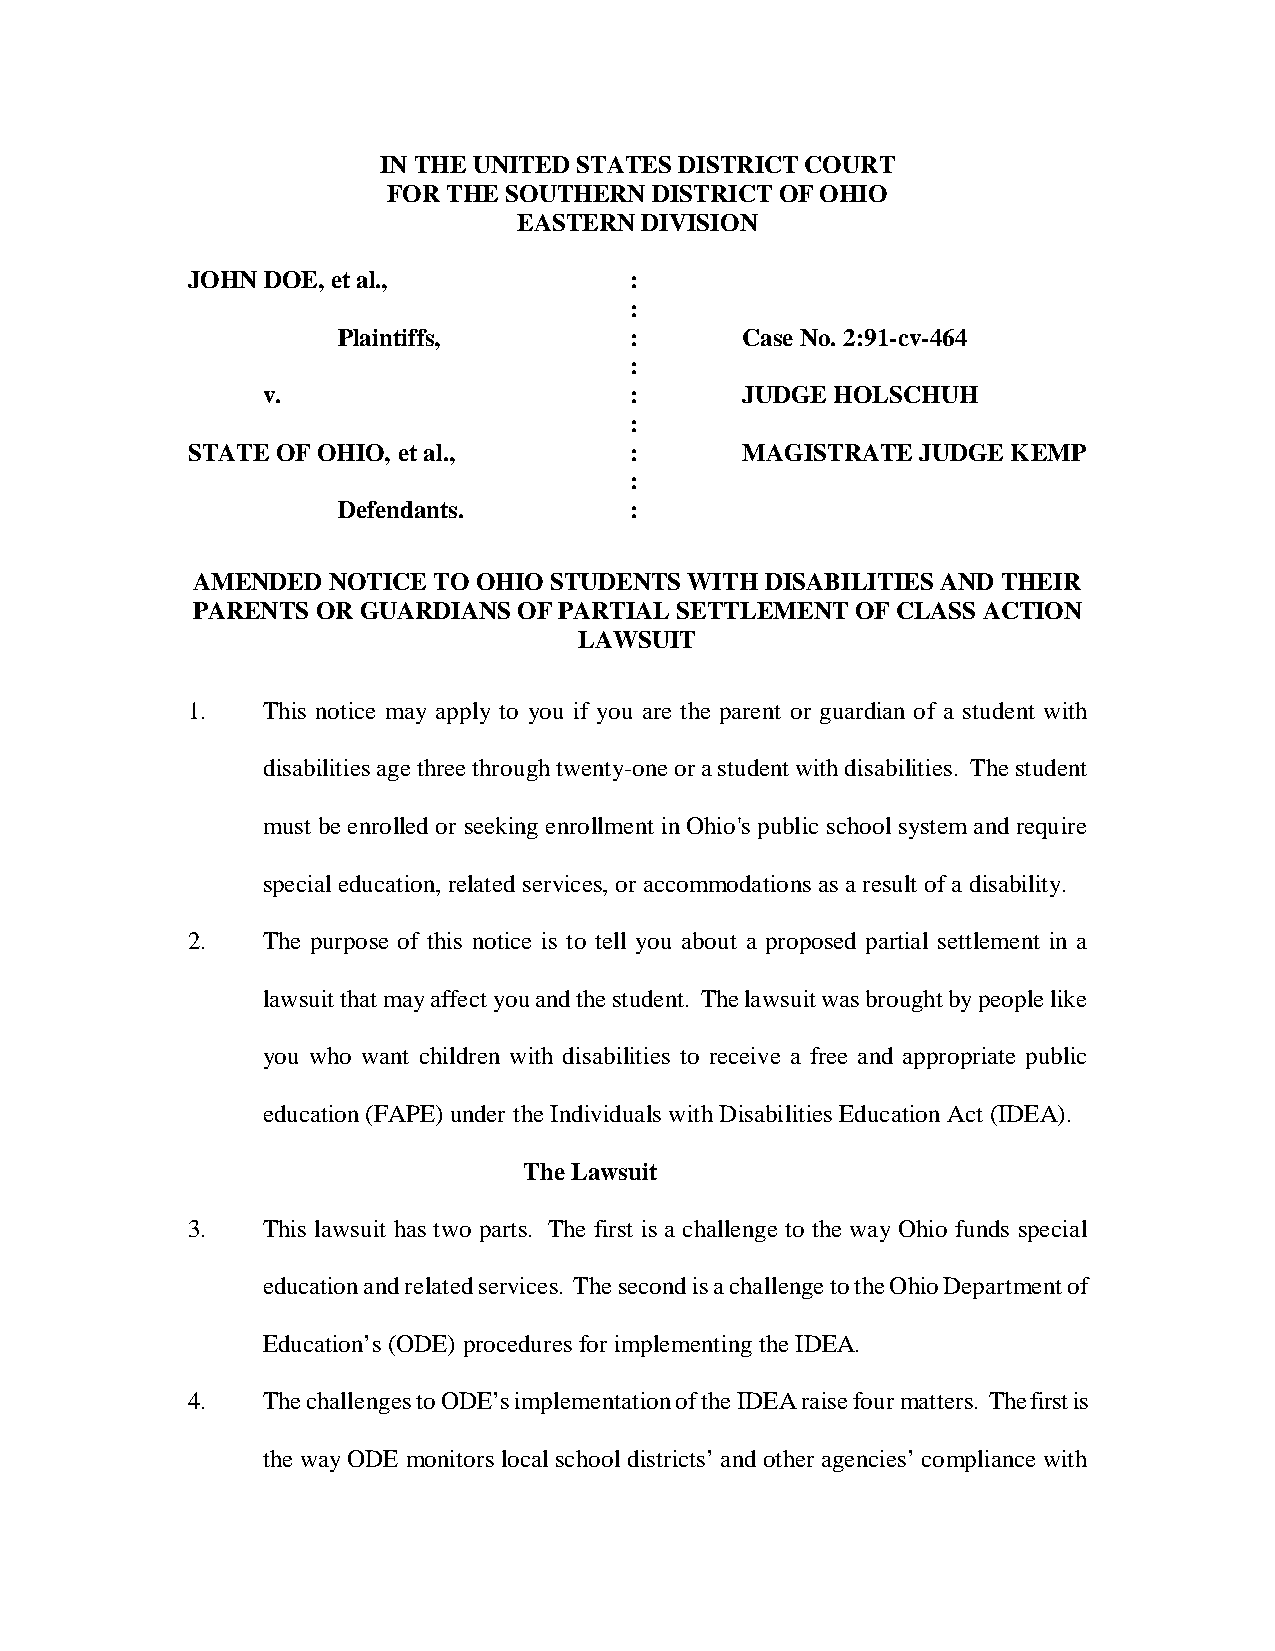
IN THE UNITED STATES DISTRICT COURT
 FOR THE SOUTHERN DISTRICT OF OHIO
 EASTERN DIVISION
 JOHN DOE, et al.,             :
 :
 Plaintiffs,         :      Case No. 2:91-cv-464
 :
 v.                       :      JUDGE HOLSCHUH
 :
 STATE OF OHIO, et al.,        :      MAGISTRATE  JUDGE KEMP
 :
 Defendants.         :
 AMENDED  NOTICE TO OHIO STUDENTS WITH DISABILITIES AND THEIR
 PARENTS OR GUARDIANS OF PARTIAL SETTLEMENT  OF CLASS ACTION
 LAWSUIT
 1.   This notice may apply to you if you are the parent or guardian of a student with
 disabilities age three through twenty-one or a student with disabilities. The student
 must be enrolled or seeking enrollment in Ohio's public school system and require
 special education, related services, or accommodations as a result of a disability.
 2.   The purpose of this notice is to tell you about a proposed partial settlement in a
 lawsuit that may affect you and the student. The lawsuit was brought by people like
 you who want children with disabilities to receive a free and appropriate public
 education (FAPE) under the Individuals with Disabilities Education Act (IDEA).
 The Lawsuit
 3.   This lawsuit has two parts. The first is a challenge to the way Ohio funds special
 education and related services. The second is a challenge to the Ohio Department of
 Education’s (ODE) procedures for implementing the IDEA.
 4.   The challenges to ODE’s implementation of the IDEA raise four matters. The first is
 the way ODE monitors local school districts’ and other agencies’ compliance with